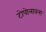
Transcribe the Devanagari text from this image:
टोपोलावला